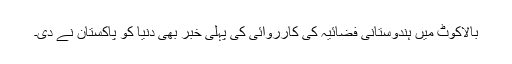
بالاکوٹ میں ہندوستانی فضائیہ کی کارروائی کی پہلی خبر بھی دنیا کو پاکستان نے دی۔